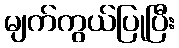
မျက်ကွယ်ပြုပြီး